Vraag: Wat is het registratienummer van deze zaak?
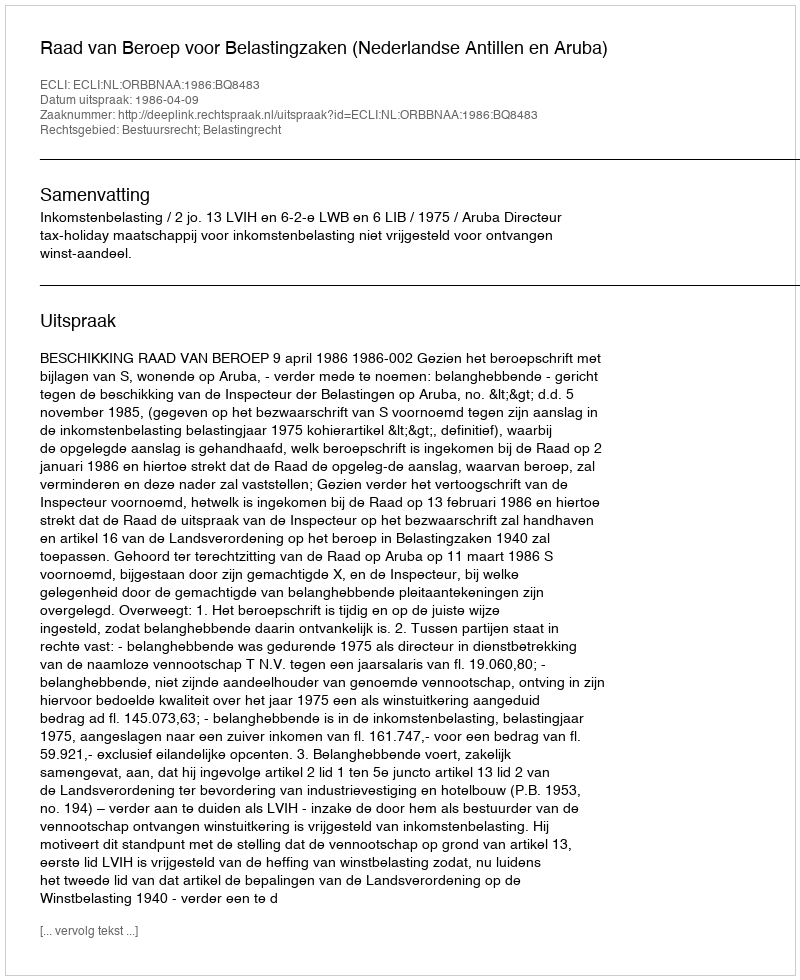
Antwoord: http://deeplink.rechtspraak.nl/uitspraak?id=ECLI:NL:ORBBNAA:1986:BQ8483